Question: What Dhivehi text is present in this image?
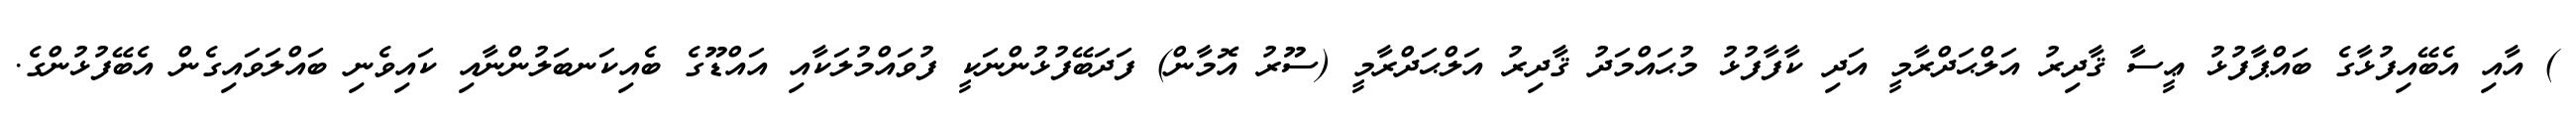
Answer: ) އާއި އެބޭއިފުޅާގެ ބައްޕާފުޅު ޢީސާ ޤާދިރު އަލްޙަދްރާމީ އަދި ކާފާފުޅު މުޙައްމަދު ޤާދިރު އަލްޙަދްރާމީ (ސޫރު އޮމާން) ފަދަބޭފުޅުންނަކީ ފުވައްމުލަކާއި އައްޑޫގެ ބެއިކަނބަލުންނާއި ކައިވެނި ބައްލަވައިގެން އެބޭފުޅުންގެ.